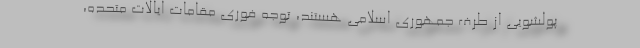
پولشویی از طرف جمهوری اسلامی هستند، توجه فوری مقامات ایالات متحده،